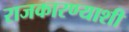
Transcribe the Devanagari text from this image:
राजकारण्याशी